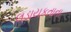
લડાયકતાના